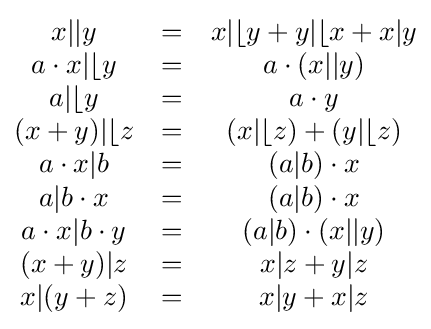
{\begin{matrix}x\vert \vert y&=&x\vert \lfloor y+y\vert \lfloor x+x\vert y\\a\cdot x\vert \lfloor y&=&a\cdot (x\vert \vert y)\\a\vert \lfloor y&=&a\cdot y\\(x+y)\vert \lfloor z&=&(x\vert \lfloor z)+(y\vert \lfloor z)\\a\cdot x\vert b&=&(a\vert b)\cdot x\\a\vert b\cdot x&=&(a\vert b)\cdot x\\a\cdot x\vert b\cdot y&=&(a\vert b)\cdot (x\vert \vert y)\\(x+y)\vert z&=&x\vert z+y\vert z\\x\vert (y+z)&=&x\vert y+x\vert z\end{matrix}}